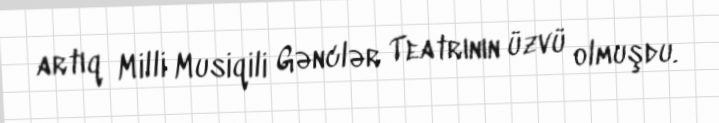
artıq Milli Musiqili Gənclər Teatrının üzvü olmuşdu.